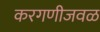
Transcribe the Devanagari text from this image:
करगणीजवळ